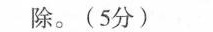
除。(5分)